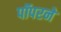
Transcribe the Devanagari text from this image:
पॉपरने